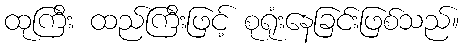
ထုကြီး ထည်ကြီးဖြင့် စုရုံးနေခြင်းဖြစ်သည်။